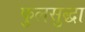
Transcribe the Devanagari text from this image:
फुलसुद्धा